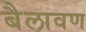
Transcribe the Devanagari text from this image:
बैलावण